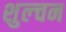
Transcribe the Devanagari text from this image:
शुल्चन